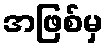
အဖြစ်မှ